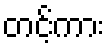
တင့်ကား